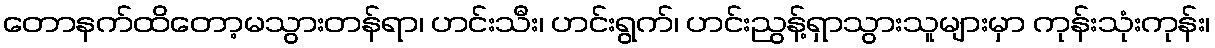
တောနက်ထိတော့မသွားတန်ရာ၊ ဟင်းသီး၊ ဟင်းရွက်၊ ဟင်းညွန့်ရှာသွားသူများမှာ ကုန်းသုံးကုန်း၊